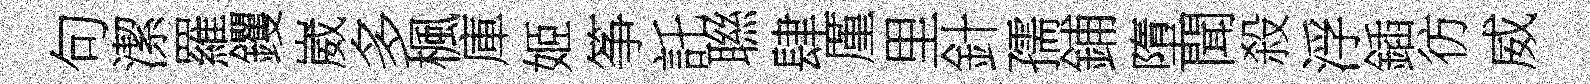
句潔羅钁崴多楓庫姬筝託聮肆厪里針孺鋪墮聞殺浮鍤彷威